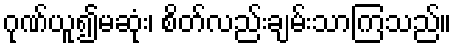
ဂုဏ်ယူ၍မဆုံး၊ စိတ်လည်းချမ်းသာကြသည်။